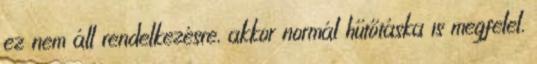
ez nem áll rendelkezésre, akkor normál hűtőtáska is megfelel,